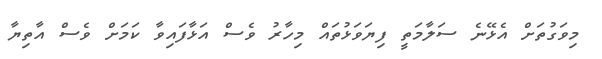
މިވަގުތަށް އެޅޭނެ ސަލާާމަތީ ފިޔަވަޅުތައް މިހާރު ވެސް އަޅާފައިވާ ކަމަށް ވެސް އާތިޔާ